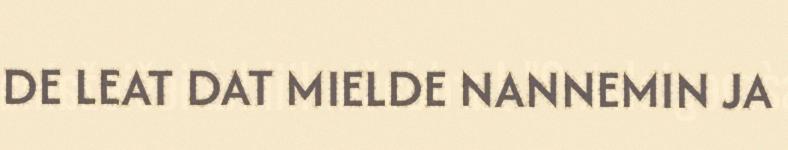
DE LEAT DAT MIELDE NANNEMIN JA